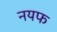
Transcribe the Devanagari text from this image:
नयफ